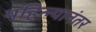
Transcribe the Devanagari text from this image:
पहिल्यानंतर